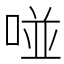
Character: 𠵔